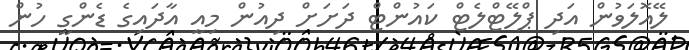
ލޭއޮލަވުން އަދި ޕްލޭޓްލެޓް ކައުންޓް ދަށަށް ދިއުން މިއީ އާދައިގެ ޑެންގީ ހުން